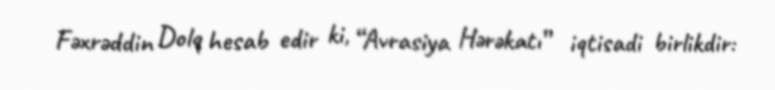
Fəxrəddin Dolq hesab edir ki, “Avrasiya Hərəkatı” iqtisadi birlikdir: